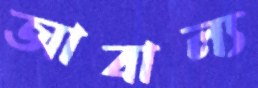
আবাল্য